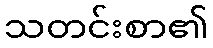
သတင်းစာ၏